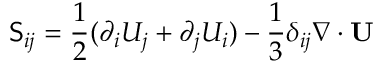
\mathsf { S } _ { i j } = \frac { 1 } { 2 } ( \partial _ { i } U _ { j } + \partial _ { j } U _ { i } ) - \frac { 1 } { 3 } \delta _ { i j } \nabla \cdot \mathbf { U }